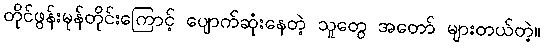
တိုင်ဖွန်းမုန်တိုင်းကြောင့် ပျောက်ဆုံးနေတဲ့ သူတွေ အတော် များတယ်တဲ့။